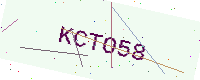
Text: KCTO58